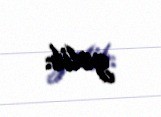
gəlib.